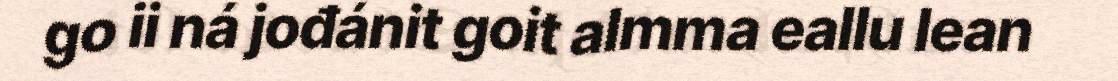
go ii ná jođánit goit almma eallu lean